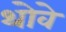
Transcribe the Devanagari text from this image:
थोवे